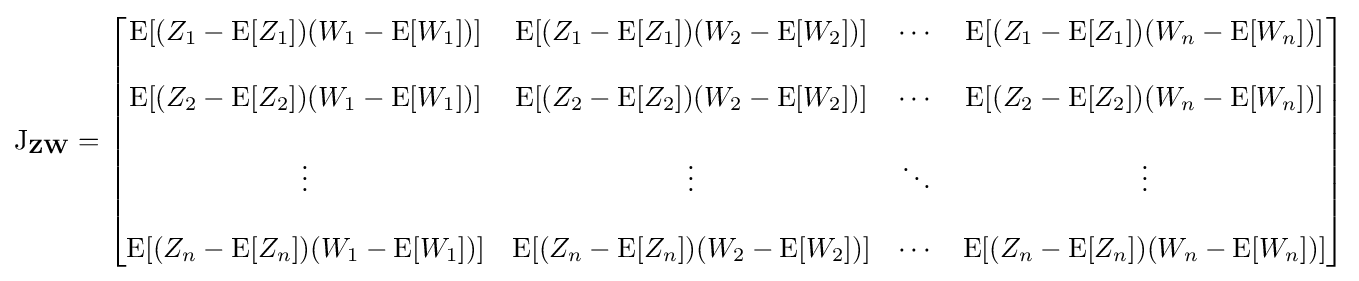
\operatorname {J} _{\mathbf {Z} \mathbf {W} }={\begin{bmatrix}\mathrm {E} [(Z_{1}-\operatorname {E} [Z_{1}])(W_{1}-\operatorname {E} [W_{1}])]&\mathrm {E} [(Z_{1}-\operatorname {E} [Z_{1}])(W_{2}-\operatorname {E} [W_{2}])]&\cdots &\mathrm {E} [(Z_{1}-\operatorname {E} [Z_{1}])(W_{n}-\operatorname {E} [W_{n}])]\\\\\mathrm {E} [(Z_{2}-\operatorname {E} [Z_{2}])(W_{1}-\operatorname {E} [W_{1}])]&\mathrm {E} [(Z_{2}-\operatorname {E} [Z_{2}])(W_{2}-\operatorname {E} [W_{2}])]&\cdots &\mathrm {E} [(Z_{2}-\operatorname {E} [Z_{2}])(W_{n}-\operatorname {E} [W_{n}])]\\\\\vdots &\vdots &\ddots &\vdots \\\\\mathrm {E} [(Z_{n}-\operatorname {E} [Z_{n}])(W_{1}-\operatorname {E} [W_{1}])]&\mathrm {E} [(Z_{n}-\operatorname {E} [Z_{n}])(W_{2}-\operatorname {E} [W_{2}])]&\cdots &\mathrm {E} [(Z_{n}-\operatorname {E} [Z_{n}])(W_{n}-\operatorname {E} [W_{n}])]\end{bmatrix}}